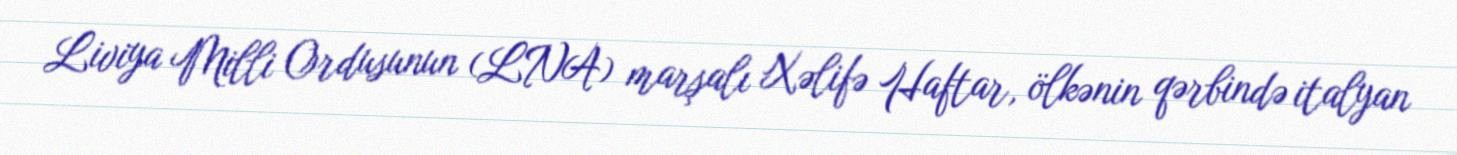
Liviya Milli Ordusunun (LNA) marşalı Xəlifə Haftar, ölkənin qərbində italyan